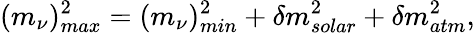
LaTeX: (m_{\nu})_{max}^{2}=(m_{\nu})_{min}^{2}+\delta m_{solar}^{2}+\delta m_{atm}^{2},